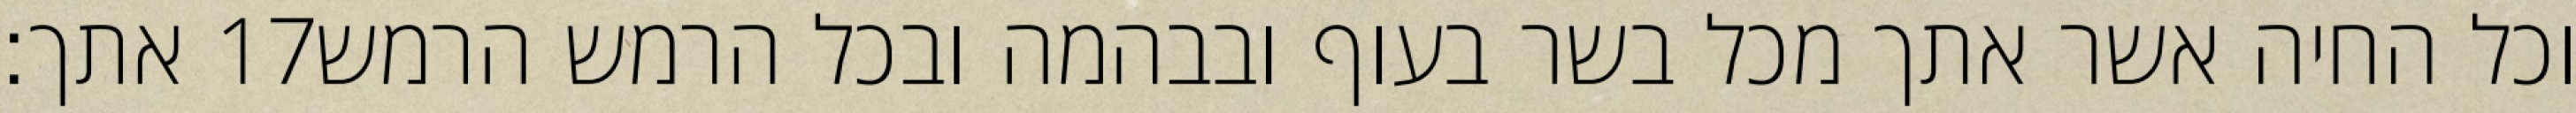
אתך׃ ‎17‏ וכל החיה אשר אתך מכל בשר בעוף ובבהמה ובכל הרמש הרמש